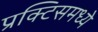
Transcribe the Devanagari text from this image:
प्रक्टिसमध्ये